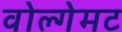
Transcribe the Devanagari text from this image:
वोल्गेमट